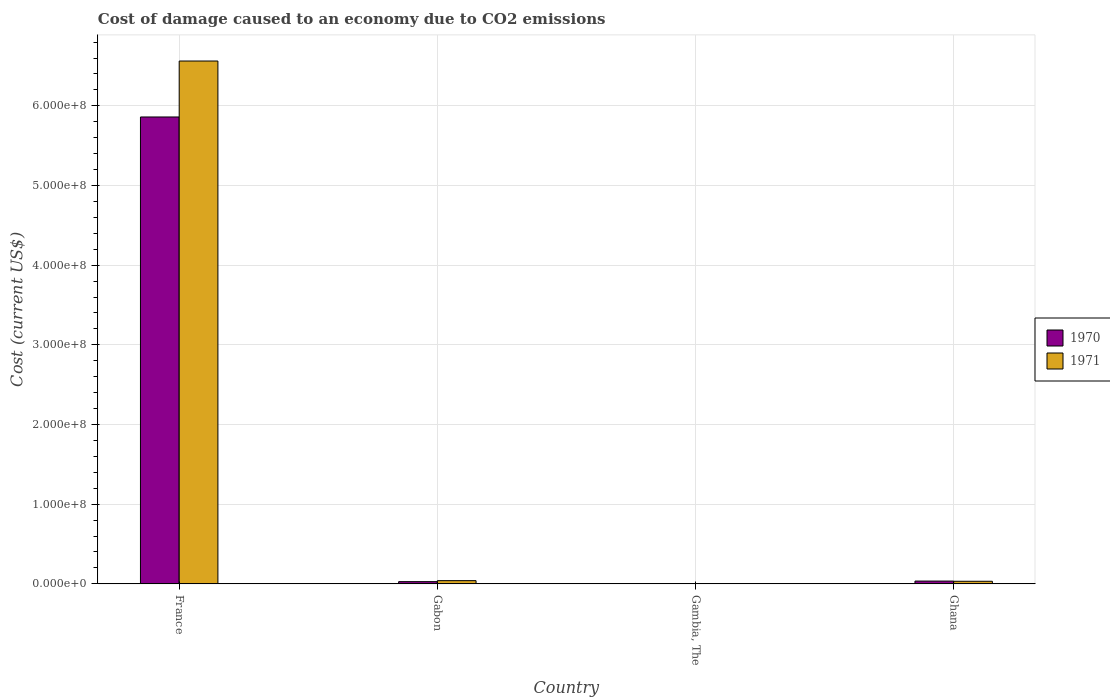
| Country | 1970 | 1971 |
 | --- | --- | --- |
 | France | 5.86e+08 | 6.56e+08 |
 | Gabon | 2.78e+06 | 4.04e+06 |
 | Gambia, The | 6.36e+04 | 7.81e+04 |
 | Ghana | 3.5e+06 | 3.26e+06 |